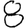
Digit: 8